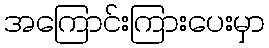
အကြောင်းကြားပေးမှာ